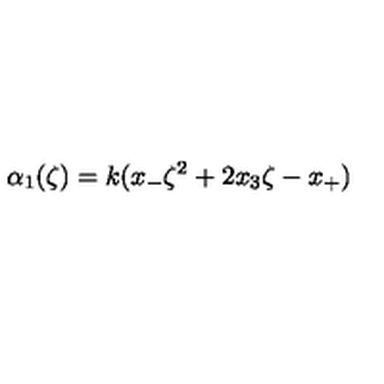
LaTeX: \alpha _ { 1 } ( \zeta ) = k ( x _ { - } \zeta ^ { 2 } + 2 x _ { 3 } \zeta - x _ { + } )